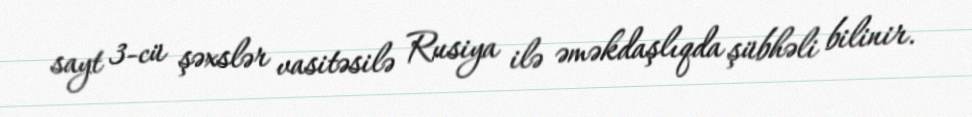
sayt 3-cü şəxslər vasitəsilə Rusiya ilə əməkdaşlıqda şübhəli bilinir.